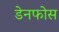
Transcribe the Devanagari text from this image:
डेनफोस